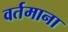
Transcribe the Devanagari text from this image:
वर्तमाना